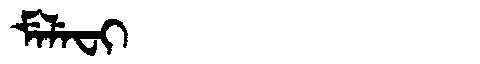
Manchu: ᠮᡝᠯᡝᠸᡳ
Romanization: MELEFI